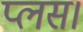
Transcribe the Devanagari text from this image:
प्लस।